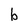
Character: b